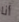
أنا